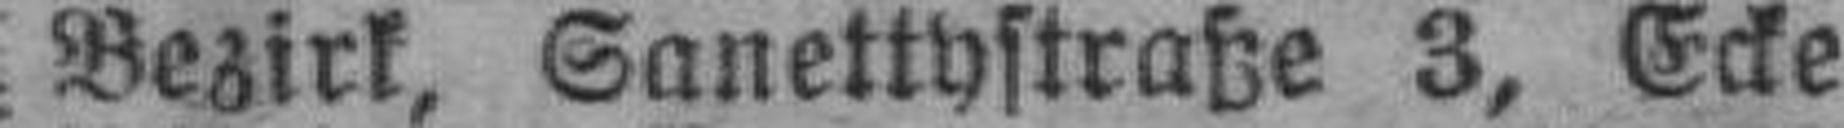
Bezirk, Sanettystraße 3, Ecke